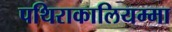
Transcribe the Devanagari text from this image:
पथिराकालियम्मा